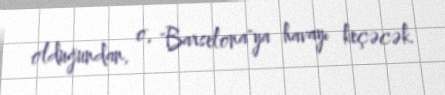
olduğundan, o, "Barselona"ya havayı keçəcək.